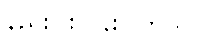
နည်းပါးလွန်းပါတယ်။